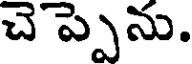
చెప్పెను.